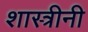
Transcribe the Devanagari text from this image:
शास्त्रीनी